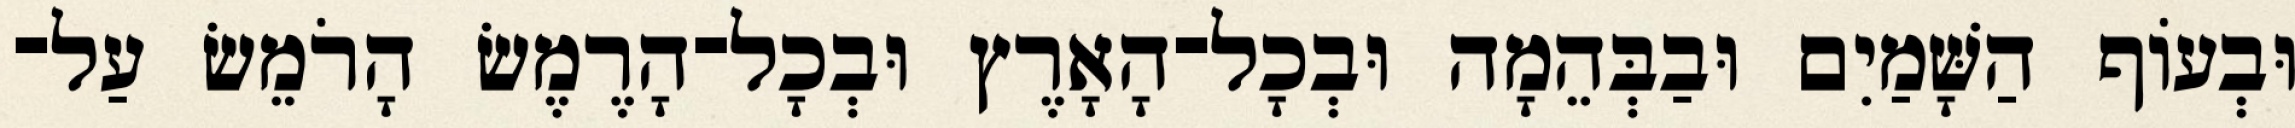
וּבְעֹוף הַשָּׁמַיִם וּבַבְּהֵמָה וּבְכָל־הָאָרֶץ וּבְכָל־הָרֶמֶשׂ הָרֹמֵשׂ עַל־